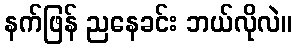
နက်ဖြန် ညနေခင်း ဘယ်လိုလဲ။